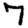
Digit: 7